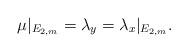
LaTeX: \begin{align*}\mu|_{E_{2,m}}= \lambda_y =\lambda_x|_{E_{2,m}}.\end{align*}